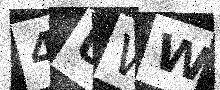
Text: 4UWW